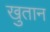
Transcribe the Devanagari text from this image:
खुतान